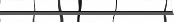
١٤